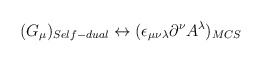
\begin{align*}(G_{\mu})_{Self-dual} \leftrightarrow (\epsilon_{\mu\nu\lambda}\partial^{\nu}A^{\lambda})_{MCS}\end{align*}